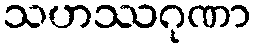
သဟဿဂုဏာ